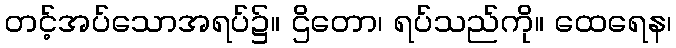
တင့်အပ်သောအရပ်၌။ ဌိတော၊ ရပ်သည်ကို။ ထေရေန၊